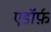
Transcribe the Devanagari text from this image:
एडॉर्फ़